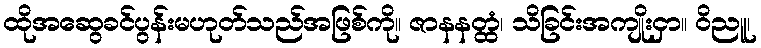
ထိုအဆွေခင်ပွန်းမဟုတ်သည်အဖြစ်ကို။ ဇာနနတ္ထံ၊ သိခြင်းအကျိုးငှာ။ ဝိညူ၊